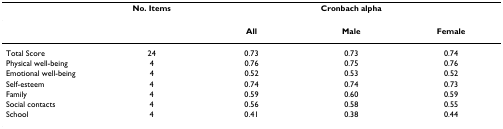
<table><thead><tr><td></td><td><b>No. Items</b></td><td colspan="3"><b>Cronbach alpha</b></td></tr></thead><tbody><tr><td></td><td></td><td><b>All</b></td><td><b>Male</b></td><td><b>Female</b></td></tr><tr><td>Total Score</td><td>24</td><td>0.73</td><td>0.73</td><td>0.74</td></tr><tr><td>Physical well-being</td><td>4</td><td>0.76</td><td>0.75</td><td>0.76</td></tr><tr><td>Emotional well-being</td><td>4</td><td>0.52</td><td>0.53</td><td>0.52</td></tr><tr><td>Self-esteem</td><td>4</td><td>0.74</td><td>0.74</td><td>0.73</td></tr><tr><td>Family</td><td>4</td><td>0.59</td><td>0.60</td><td>0.59</td></tr><tr><td>Social contacts</td><td>4</td><td>0.56</td><td>0.58</td><td>0.55</td></tr><tr><td>School</td><td>4</td><td>0.41</td><td>0.38</td><td>0.44</td></tr></tbody></table>